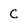
Character: C